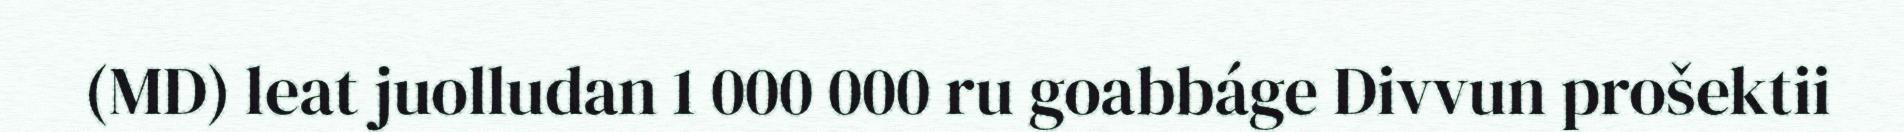
(MD) leat juolludan 1 000 000 ru goabbáge Divvun prošektii